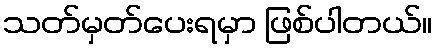
သတ်မှတ်ပေးရမှာ ဖြစ်ပါတယ်။